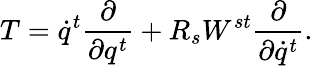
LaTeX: T=\dot{q}^{t}\frac{\partial}{\partial q^{t}}+R_{s}W^{st}\frac{\partial}{\partial\dot{q}^{t}}.